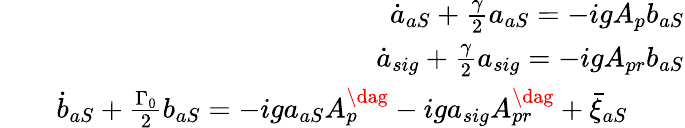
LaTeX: \begin{array}{rlr}&{}&{\dot{a}_{aS}+\frac{\gamma}{2}a_{aS}=-igA_{p}b_{aS}}\\ &{}&{\dot{a}_{sig}+\frac{\gamma}{2}a_{sig}=-igA_{pr}b_{aS}}\\ &{}&{\dot{b}_{aS}+\frac{\Gamma_{0}}{2}b_{aS}=-iga_{aS}A_{p}^{\dag}-iga_{sig}A_{pr}^{\dag}+\bar{\xi}_{aS}\quad\quad}\end{array}